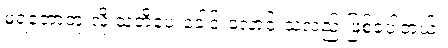
မရတော့ဘူးလို့ သတိပေးခေါင်းလောင်းသံလည်းဖြစ်ခဲ့ပါတယ်။